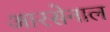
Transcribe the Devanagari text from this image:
आरसेनाल